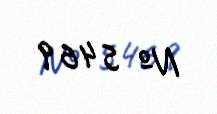
№ 5469